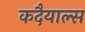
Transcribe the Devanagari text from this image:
कदैयाल्स